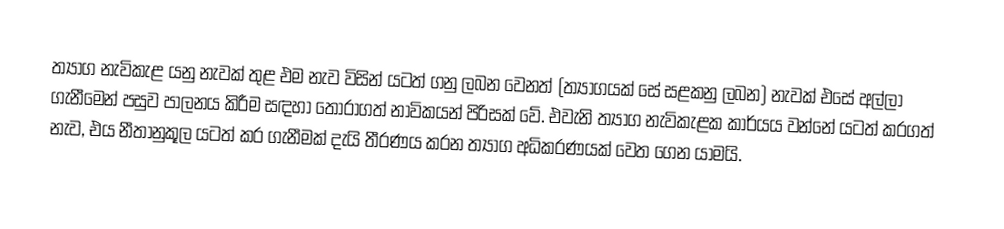
ත්‍යාග නැවිකැළ යනු නැවක් තුළ එම නැව විසින් යටත් ගනු ලබන වෙනත් (ත්‍යාගයක් සේ සළකනු ලබන) නැවක් එසේ අල්ලා ගැනීමෙන් පසුව පාලනය කිරීම සඳහා තෝරාගත් නාවිකයන් පිරිසක් වේ. එවැනි ත්‍යාග නැවිකැළක කාර්යය වන්නේ යටත් කරගත් නැව, එය නීතානුකූල යටත් කර ගැනීමක් දැයි තීරණය කරන ත්‍යාග අධිකරණයක් වෙත ගෙන යාමයි.